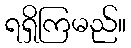
ရရှိကြမည်။